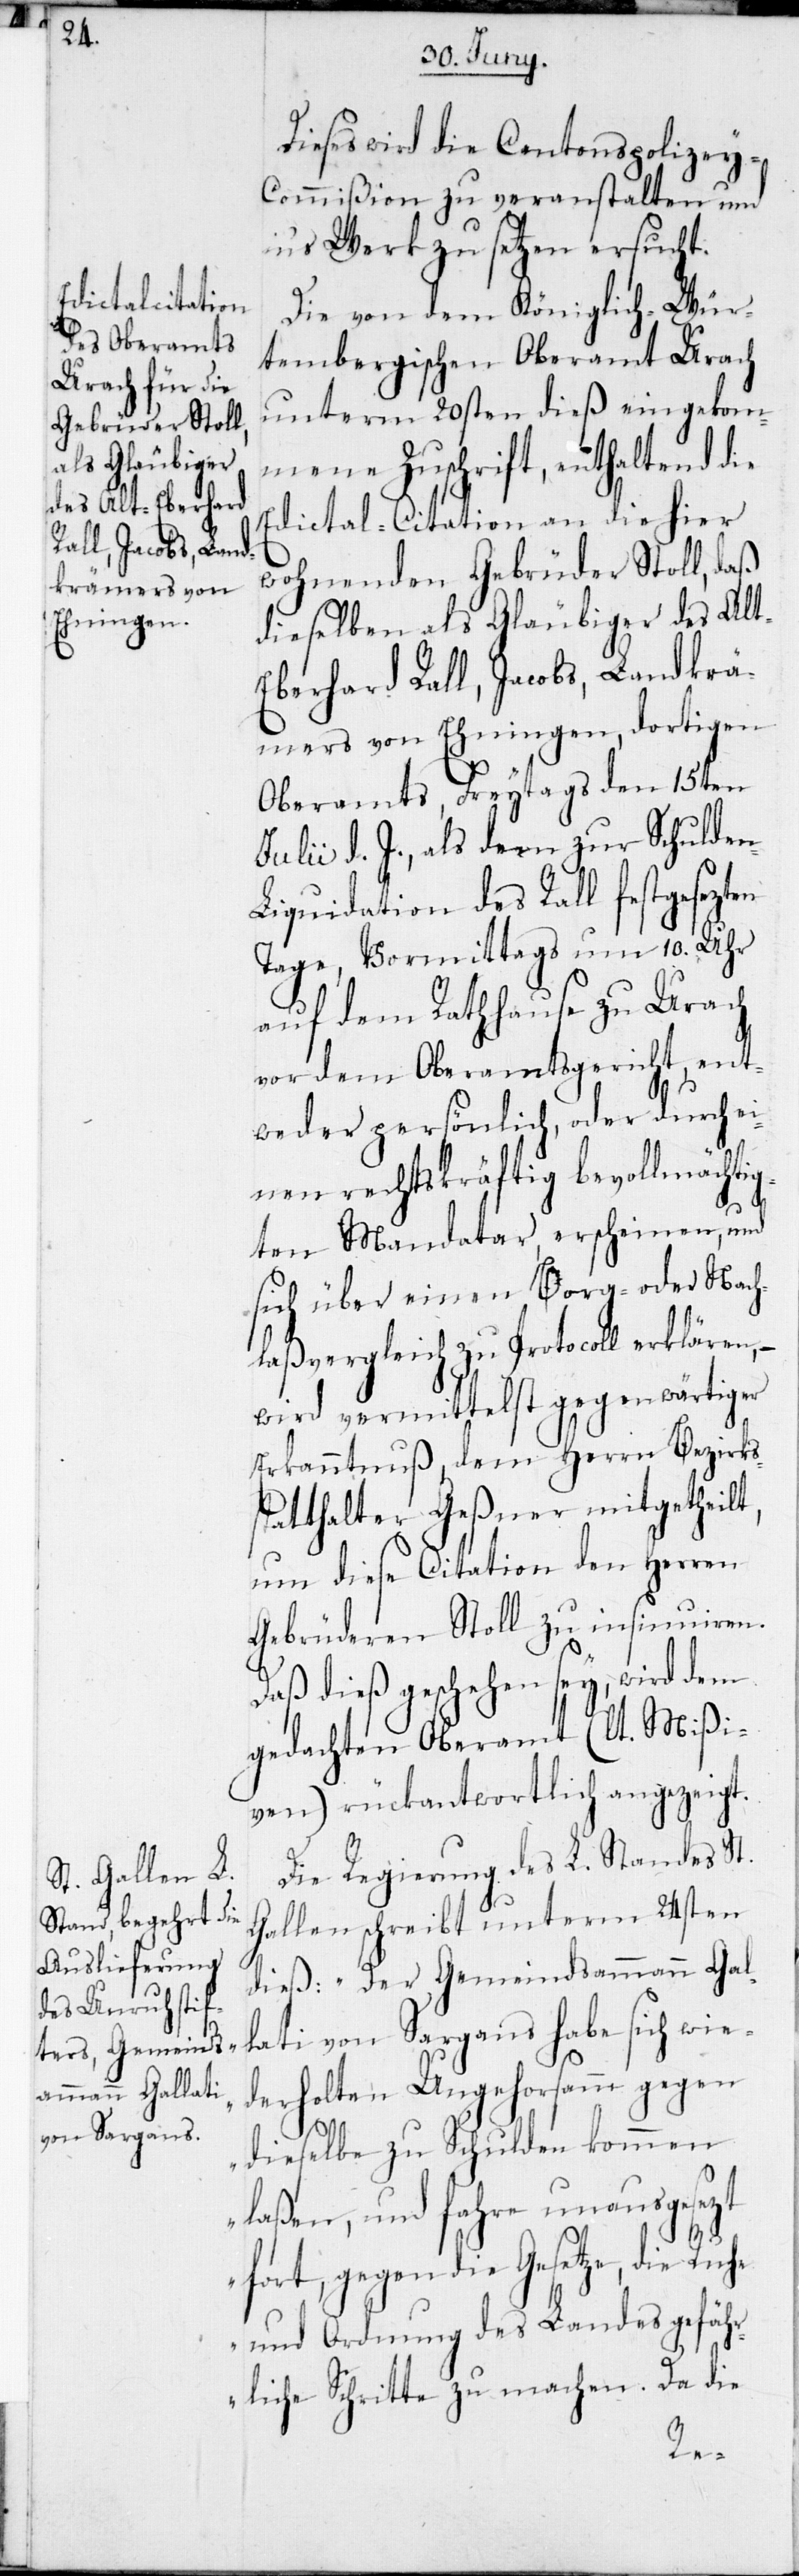
n-L¬

Dieses wird die Cantonspolizey-C¬
ommißion zu veranstalten und
in’s Werk zu setzen ersucht.
Die von dem Königlich-Wür¬
tembergischen Oberamt Urach
unterm 20sten dieß eingekom¬
mene Zuschrift, enthaltend die
Edictal-Citation an die hier
wohnenden Gebrüder Stoll, daß
dieselben als Gläubiger des Alt-E¬
berhard Rall, Jacobs, Landkrä¬
mers von Ehningen, dortigen
Oberamts, Freytags den 15ten
Julii d. J., als dem zur Schulde¬
iquidation des Rall festgesezten
Tage, Vormittags um 10. Uhr
auf dem Rathhause zu Urach
vor dem Oberamtsgericht, ent¬
weder persönlich, oder durch ei¬
nen rechtskräftig bevollmächtig¬
ten Mandatar, erscheinen, und
sich über einen Borg- oder Nach¬
laßvergleich zu Protocoll erklären, –
wird vermittelst gegenwärtige
Erkanntnuß, dem Herrn Bezirks¬
statthalter Geßner mitgetheilt,
um diese Citation den Herren
Gebrüderen Stoll zu insinuiren.
Daß dieß geschehen sey, wird dem
gedachten Oberamt (lt. Mißi¬
ven) rückantwortlich angezeigt
Die Regierung des L. Standes St.
Gallen schreibt unterm 24sten
dieß: „Der Gemeindsammann Gal¬
lati von Sargans habe sich wie¬
derholten Ungehorsamm gegen
dieselbe zu Schulden kommen
laßen, und fahre unausgesezt
fort, gegen die Gesetze, die Ruhe
und Ordnung des Landes gefäh¬
rliche Schritte zu machen. Da die